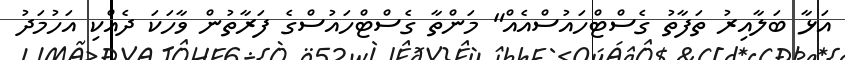
އަޅާ ބަލާއިރު ތަފާތު ގެސްޓްހައުސްއެއް" މަންތާ ގެސްޓްހައުސްގެ ފަރާތުން ވާހަކަ ދެއްކި އަހުމަދު